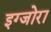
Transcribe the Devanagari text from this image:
इग्जोरा